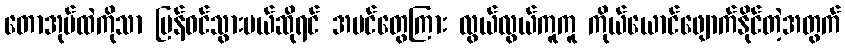
တောအုပ်ထဲကိုသာ ပြန်ဝင်သွားမယ်ဆိုရင် အပင်တွေကြား လွယ်လွယ်ကူကူ ကိုယ်ယောင်ဖျောက်နိုင်တဲ့အတွက်